Annual report on the mental hospital in the Central Provinces and Berar (Nagpur) - 1927-1951
Year: 1927
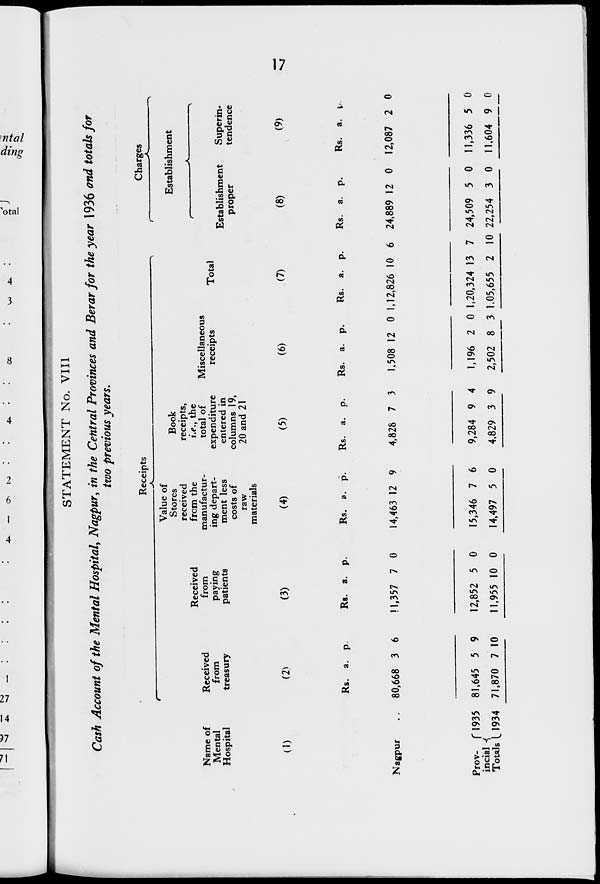
17
STATEMENT No. VIII
Cash Account of the Mental Hospital, Nagpur, in the Central Provinces and Berar for the year 1936 and totals for
two previous years.
Name of
Mental
Hospital
(1)
Nagpur ..
Prov-
incial
Totals
1935
1934
Receipts
Received
from
treasury
(2)
Rs.
80,668
81,645
71,870
a.
3
5
7
p.
6
9
10
Received
from
paying
patients
(3)
Rs.
11,357
12,852
11,955
a.
7
5
10
p.
0
0
0
Value of
Stores
received
from the
manufactur-
ing depart-
ment less
costs of
raw
materials
(4)
Rs.
14,463
15,346
14,497
a.
12
7
5
p.
9
6
0
Book
receipts,
i.e., the
total of
expenditure
entered in
columns 19,
20 and 21
(5)
Rs.
4,828
9,284
4,829
a.
7
9
3
p.
3
4
9
Charges
Establishment
Miscellaneous
receipts
(6)
Rs.
1,508
1,196
2,502
a.
12
2
8
p.
0
0
3
Total
(7)
Rs.
1,12,826
1,20,324
1,05,655
a.
10
13
2
p.
6
7
10
Establishment
proper
(8)
Rs.
24,889
24,509
22,254
a.
12
5
3
p.
0
0
0
Superin-
tendence
(9)
Rs.
12,087
11,336
11,604
a.
2
5
9
p.
0
0
0